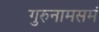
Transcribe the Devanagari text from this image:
गुरुनामसमं